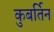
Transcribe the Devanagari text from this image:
कुबर्तिन